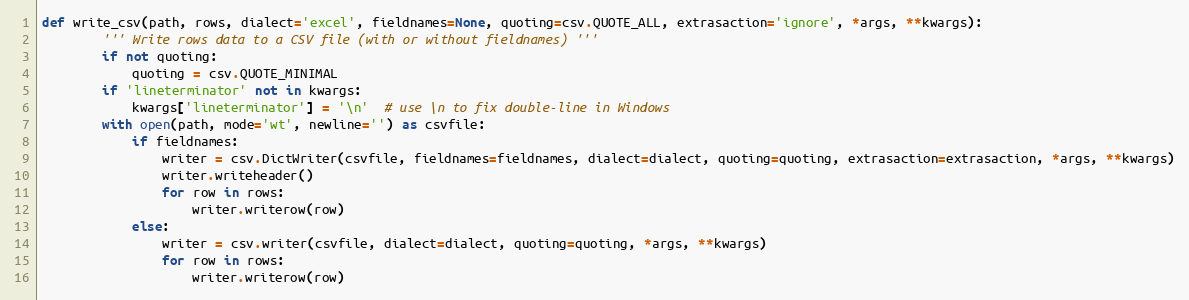
Language: Python
def write_csv(path, rows, dialect='excel', fieldnames=None, quoting=csv.QUOTE_ALL, extrasaction='ignore', *args, **kwargs):
        ''' Write rows data to a CSV file (with or without fieldnames) '''
        if not quoting:
            quoting = csv.QUOTE_MINIMAL
        if 'lineterminator' not in kwargs:
            kwargs['lineterminator'] = '\n'  # use \n to fix double-line in Windows
        with open(path, mode='wt', newline='') as csvfile:
            if fieldnames:
                writer = csv.DictWriter(csvfile, fieldnames=fieldnames, dialect=dialect, quoting=quoting, extrasaction=extrasaction, *args, **kwargs)
                writer.writeheader()
                for row in rows:
                    writer.writerow(row)
            else:
                writer = csv.writer(csvfile, dialect=dialect, quoting=quoting, *args, **kwargs)
                for row in rows:
                    writer.writerow(row)